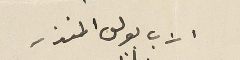
الاب بولس المنذر